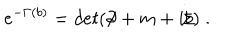
e ^ { - \Gamma ( b ) } = d e t ( \partial \! \! \! / + m + i b \! \! \! / ) \; .